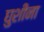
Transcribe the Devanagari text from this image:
घुशींना